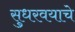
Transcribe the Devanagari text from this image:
सुधरवयाचे